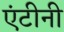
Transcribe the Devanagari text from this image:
एंटीनी